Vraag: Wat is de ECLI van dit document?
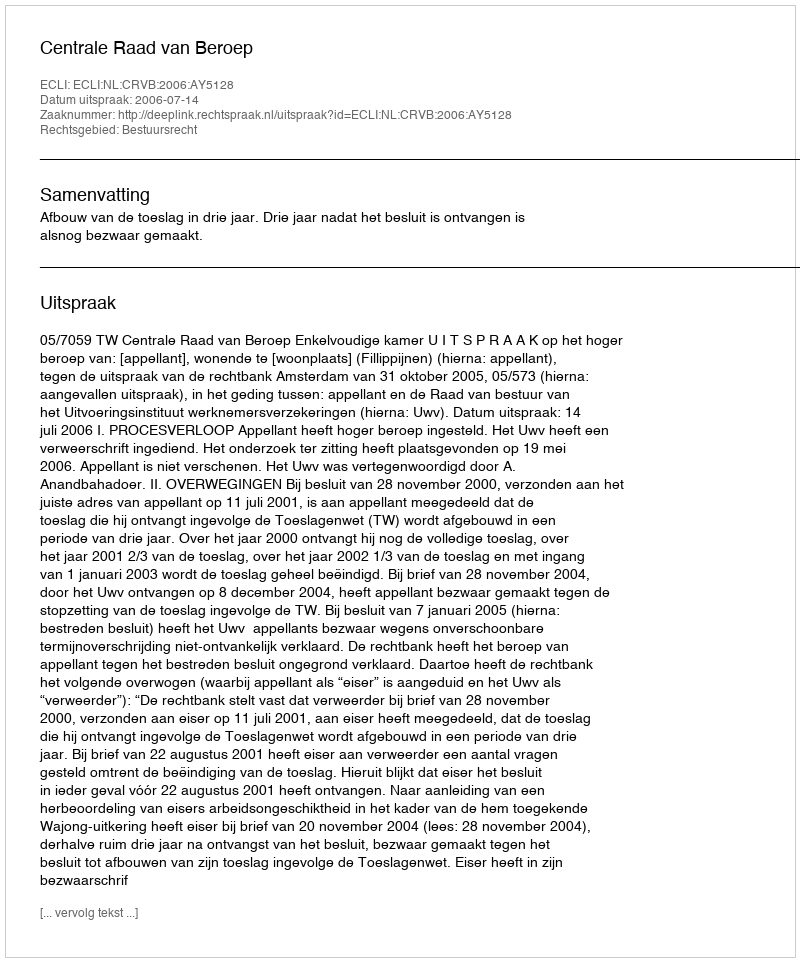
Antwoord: ECLI:NL:CRVB:2006:AY5128